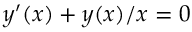
y ^ { \prime } ( x ) + y ( x ) / x = 0